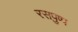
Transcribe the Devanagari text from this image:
रसपुष्प